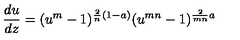
{ \frac { d u } { d z } } = ( u ^ { m } - 1 ) ^ { { \frac { 2 } { n } } ( 1 - a ) } ( u ^ { m n } - 1 ) ^ { { \frac { 2 } { m n } } a }